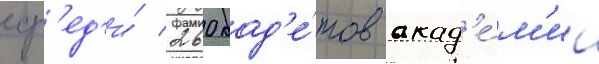
ср'ед'и́ 260 кад'е́тов акад'е́м'ии